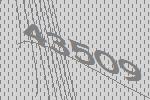
43509